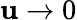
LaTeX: \mathbf{u}\to0